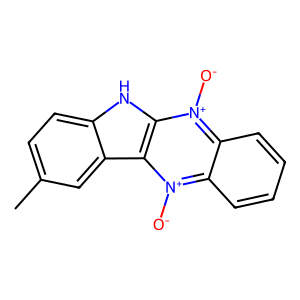
SMILES: Cc1ccc2[nH]c3c(c2c1)[n+]([O-])c1ccccc1[n+]3[O-]
Inhibits HIV replication: No